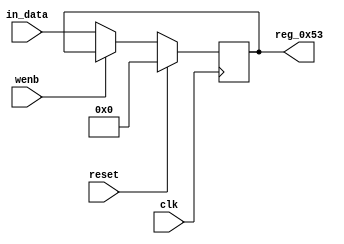
module r_TX_BUF_HEADER_BYTE_1(output reg [7:0] reg_0x53, input wire reset, input wire wenb, input wire [7:0] in_data, input wire clk);
	always@(posedge clk)
	begin
		if(reset==0) begin
			if(wenb==0)
				reg_0x53<=in_data;
			else
				reg_0x53<=reg_0x53;
		end
		else
			reg_0x53<=8'h00;
	end
endmodule